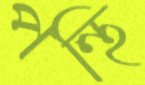
পন্থি